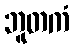
ဘူတကံ